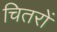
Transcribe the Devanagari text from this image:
चितरों